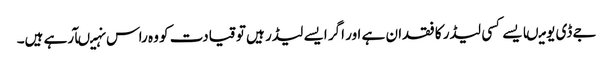
جے ڈی یو میںایسے کسی لیڈر کا فقدان ہے اور اگر ایسے لیڈر ہیں تو قیادت کو وہ راس نہیںآرہے ہیں۔